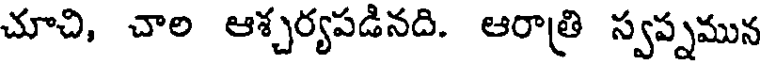
చూచి, చాల ఆశ్చర్యపడినది. ఆరాత్రి స్వప్నమున